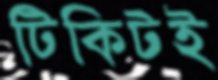
টিকিটই